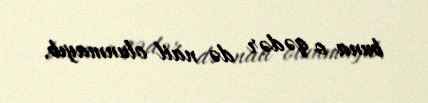
buna o qədər də nail olunmayıb.